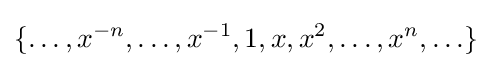
\{\ldots ,x^{-n},\ldots ,x^{-1},1,x,x^{2},\ldots ,x^{n},\ldots \}